Annual statistical returns and brief notes on vaccination in Bengal - 1896-1909
Year: 1896
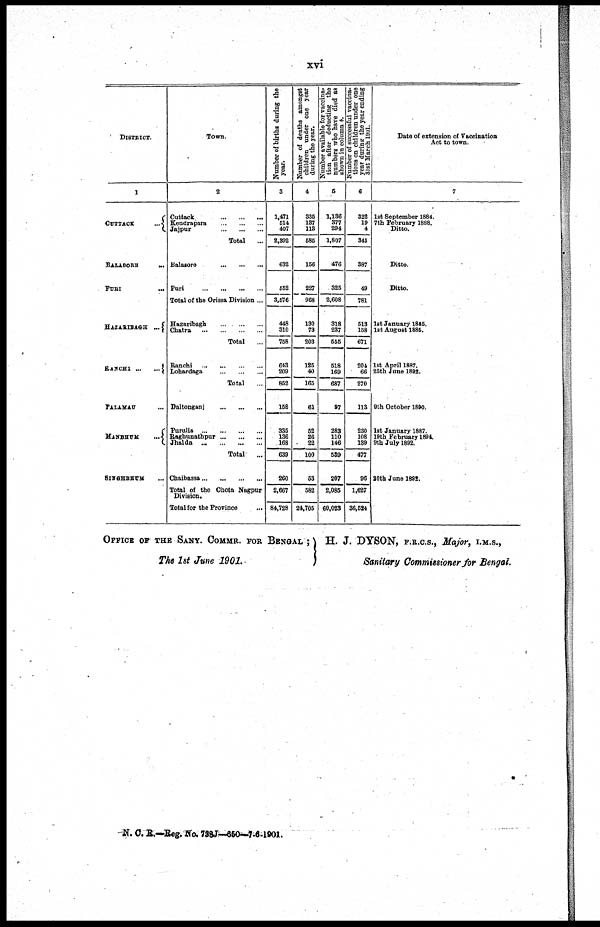
xvi
DISTRICT.
1
CUTTACK ...
BALASORE
PURI
...
HAZARIBAGH
RANCHI
...
...
PALAMAU ...
MANBHUM
...
SINGHBHUM
Town.
2
Cuttack
...
...
...
Kendrapara
...
...
...
Jaipur
...
...
...
Total ...
Balasore
...
...
...
Puri
...
...
...
...
Total of the Orissa Division ...
Hazaribagh
...
...
...
Chatra
...
...
...
Total
...
Ranchi
...
...
...
...
Lofaardaga
...
...
...
Total ...
Daltonganj
...
...
...
Puralia
...
...
...
...
Raghunathpur ... ... ...
Jhalda
...
...
...
Total
...
Chaibassa ... ... ... ...
Total of the Chota Nagpur
Division.
Total for the Province ...
Number of births during the
year.
3
1,471
514
407
2,392
632
552
3,576
448
310
758
643
209
852
158
335
136
168
639
260
2,667
84,728
Number of deaths amongst
children under one year
during the year.
4
335
137
113
585
156
227
968
130
73
203
125
40
165
61
52
26
22
100
53
582
24,705
Number available for vaccina-
tion after deducting the
numbers who have died as
shown in column 4.
6
1,136
377
294
1,807
476
325
2,608
318
237
555
518
169
687
97
283
110 146
539
207
2,085
60,023
Number of successful vaccina-
tions on children under one
year during the year ending
31st March 1901.
6
322
19
4
345
387
49
781
513
158
671
204
66
270
113
230
108
139
477
96
1,627
36,524
Date of extension of Vaccination
Act to town.
7
1st September 1884.
7th February 1888.
Ditto.
Ditto.
Ditto.
1st January 18856.
1st August 1885.
1st April 1887.
25th June 1892.
9th October 1890.
1st January 1887.
19th February 1894
9th July 1892.
20th June 1892.
OFFICE OF THE SANY. COMMR. FOR BENGAL;
The 1st June 1901.
H. J. DYSON, F.R.C.S., Major, I.M.S.,
Sanitary Commissioner for Bengal.
N. C. R.—Reg. No. 738J—650—7-6-1901.